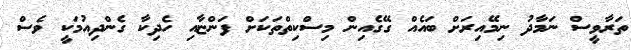
ތަރާވީސް ނަމާދު ނިމޭއިރަށް ބައެއް ގޭގެއިން މިސްކިތްތަކަށް ފަންޏާއި ހެދިކާ ގެންދިއުމަކީ ވެސް